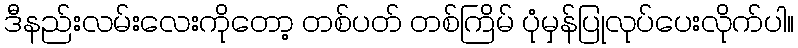
ဒီနည်းလမ်းလေးကိုတော့ တစ်ပတ် တစ်ကြိမ် ပုံမှန်ပြုလုပ်ပေးလိုက်ပါ။